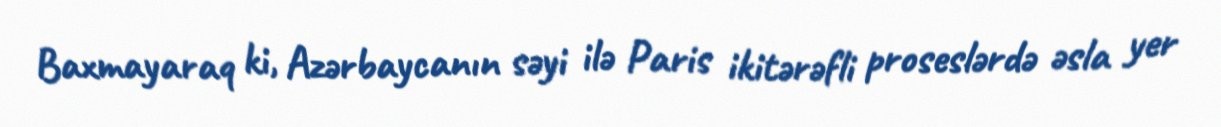
Baxmayaraq ki, Azərbaycanın səyi ilə Paris ikitərəfli proseslərdə əsla yer